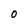
Character: O